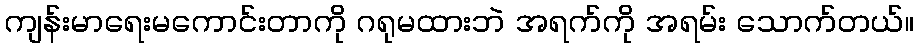
ကျန်းမာရေးမကောင်းတာကို ဂရုမထားဘဲ အရက်ကို အရမ်း သောက်တယ်။